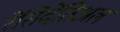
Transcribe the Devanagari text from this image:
रेसिदेंतिअल